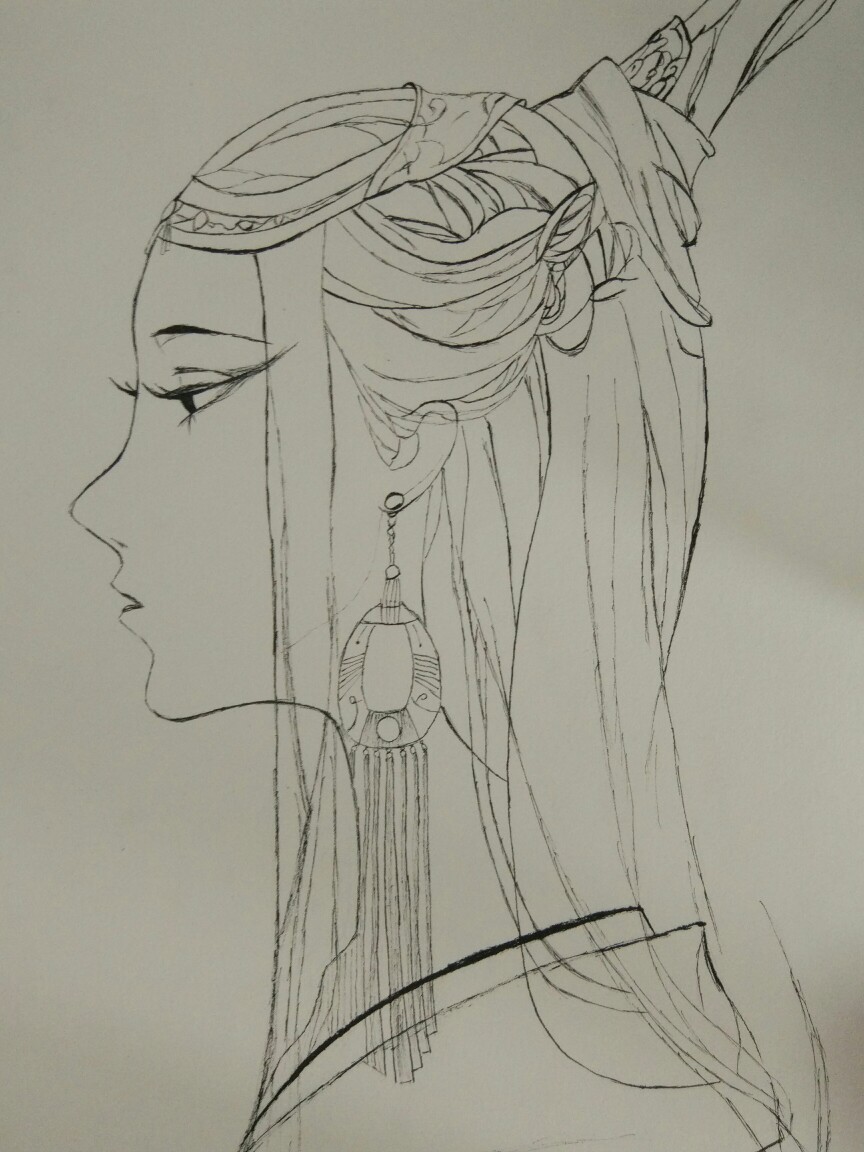
画阁朱楼尽相望，红桃绿柳垂檐向。